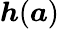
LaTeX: \boldsymbol{h}(\boldsymbol{a})